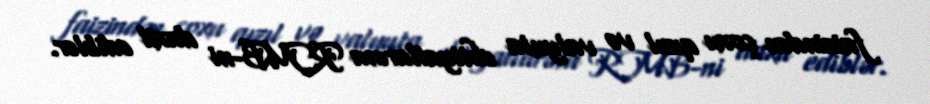
faizindən çoxu qızıl və valyuta ehtiyatlarına RMB-ni daxil ediblər.